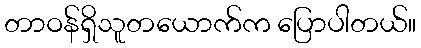
တာဝန်ရှိသူတယောက်က ပြောပါတယ်။